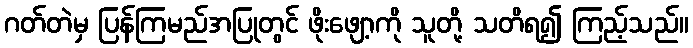
ဂတ်တဲမှ ပြန်ကြမည်အပြုတွင် ဖိုးဖျော့ကို သူတို့ သတိရ၍ ကြည့်သည်။